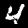
Digit: 4